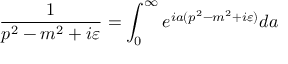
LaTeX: \frac { 1 } { p ^ { 2 } - m ^ { 2 } + i \varepsilon } = \int _ { 0 } ^ { \infty } e ^ { i a ( p ^ { 2 } - m ^ { 2 } + i \varepsilon ) } d a